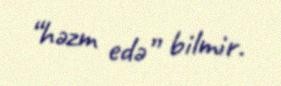
“həzm edə” bilmir.